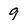
Character: 9